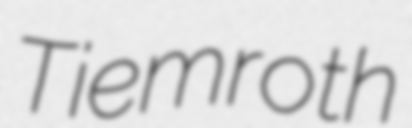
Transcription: Tiemroth